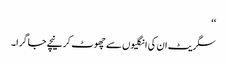
‘‘
سگریٹ ان کی انگلیوں سے چھوٹ کر نیچے جا گرا۔